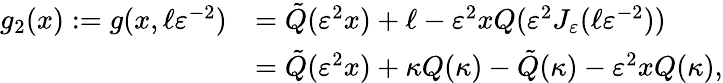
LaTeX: \begin{array}{rl}{g_{2}(x):=g(x,\ell\varepsilon^{-2})}&{=\tilde{Q}(\varepsilon^{2}x)+\ell-\varepsilon^{2}xQ(\varepsilon^{2}J_{\varepsilon}(\ell\varepsilon^{-2}))}\\ &{=\tilde{Q}(\varepsilon^{2}x)+\kappa Q(\kappa)-\tilde{Q}(\kappa)-\varepsilon^{2}xQ(\kappa),}\end{array}